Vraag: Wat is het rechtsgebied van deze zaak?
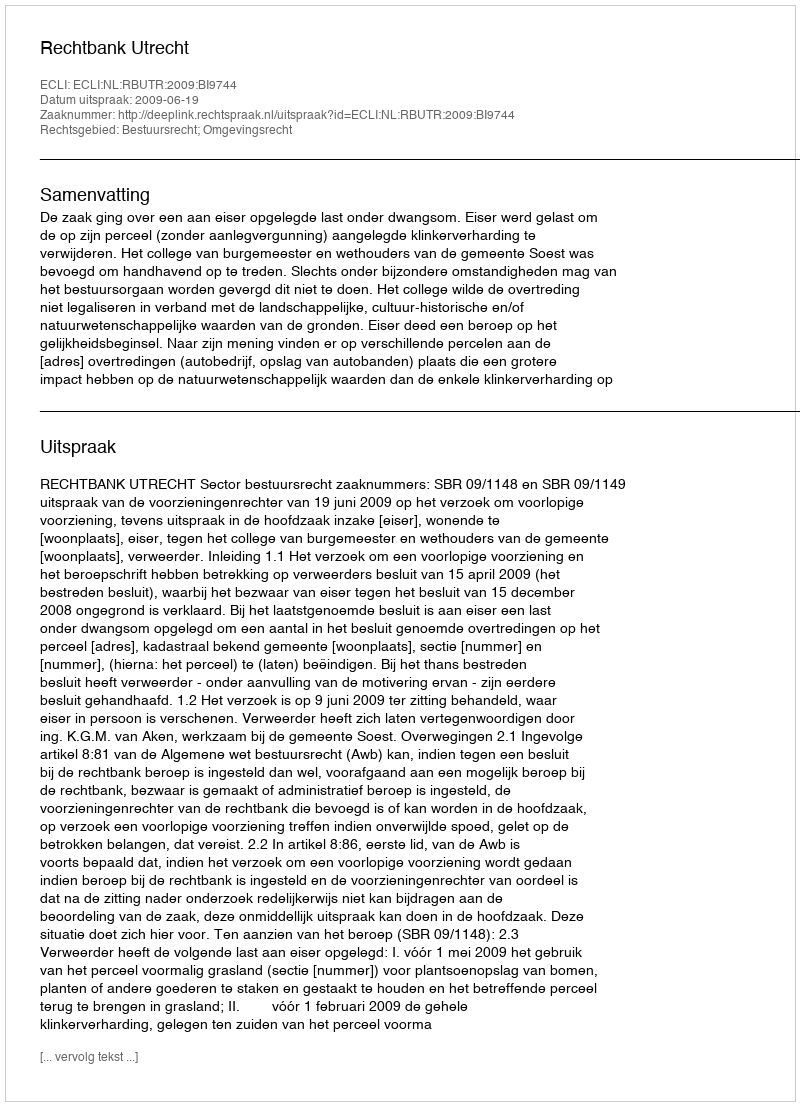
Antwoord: Bestuursrecht; Omgevingsrecht